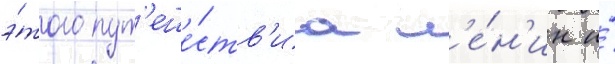
э́того пут'еше́ств'иа л'е́н'ин и́